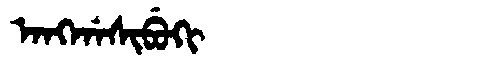
Manchu: ᠠᠩᡤᠠᠰᡳᠪᡠᡴᡳ
Romanization: ANGGASIBUKI